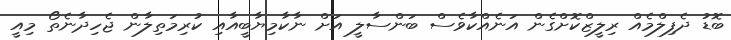
ބޮޑު ދެފިލްމެއް ރިލީޒްކޮށްގެން އަނެއްކާވެސް ބަންސާލީ އަށް ނާކާމިޔާބީއާއި ކުރިމަތިލާން ޖެހިދާނެތޯ މިއީ